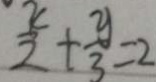
\frac { x } { 2 } + \frac { y } { 3 } = 2